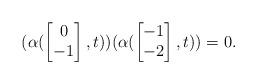
LaTeX: \begin{align*}(\alpha(\begin{bmatrix}0\\-1\end{bmatrix},t))(\alpha(\begin{bmatrix}-1\\-2\end{bmatrix},t))=0.\end{align*}